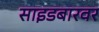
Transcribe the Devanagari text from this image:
साइडबारवर